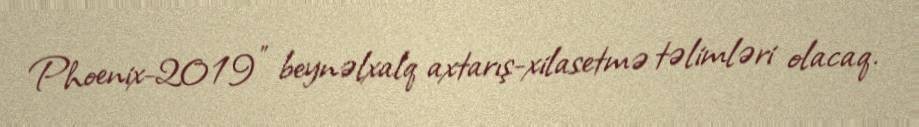
Phoenix-2019" beynəlxalq axtarış-xilasetmə təlimləri olacaq.